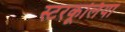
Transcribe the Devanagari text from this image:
स्टरकूलिया